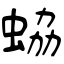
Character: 蛠